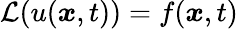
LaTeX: \mathcal{L}(u({\boldsymbol{\mathbf{\mathit{x}}}},t))=f({\boldsymbol{\mathbf{\mathit{x}}}},t)